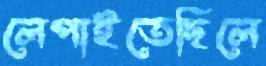
লেপাইতেছিলে